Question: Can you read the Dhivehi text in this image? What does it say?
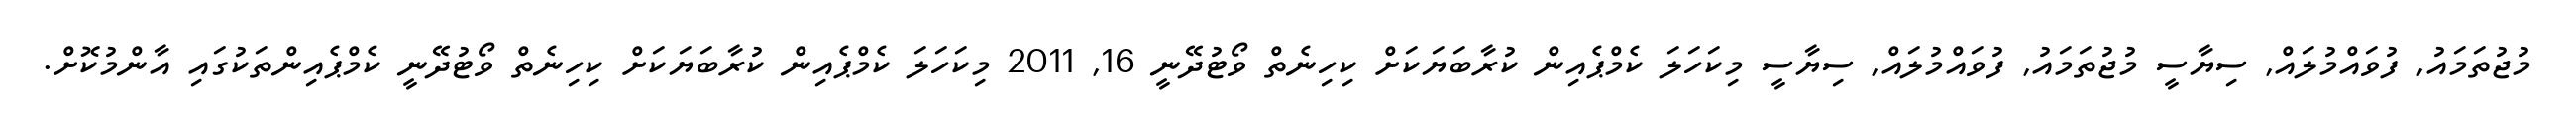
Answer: މުޖުތަމައު, ފުވައްމުލައް, ސިޔާސީ މުޖުތަމައު, ފުވައްމުލައް, ސިޔާސީ މިކަހަލަ ކެމްޕެއިން ކުރާބަޔަކަށް ކިހިނެތް ވޯޓުދޭނީ 16, 2011 މިކަހަލަ ކެމްޕެއިން ކުރާބަޔަކަށް ކިހިނެތް ވޯޓުދޭނީ ކެމްޕެއިންތަކުގައި އާންމުކޮށް.